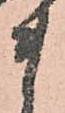
ま